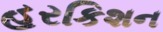
હરકિશન